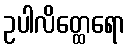
ဥပါလိတ္ထေရော